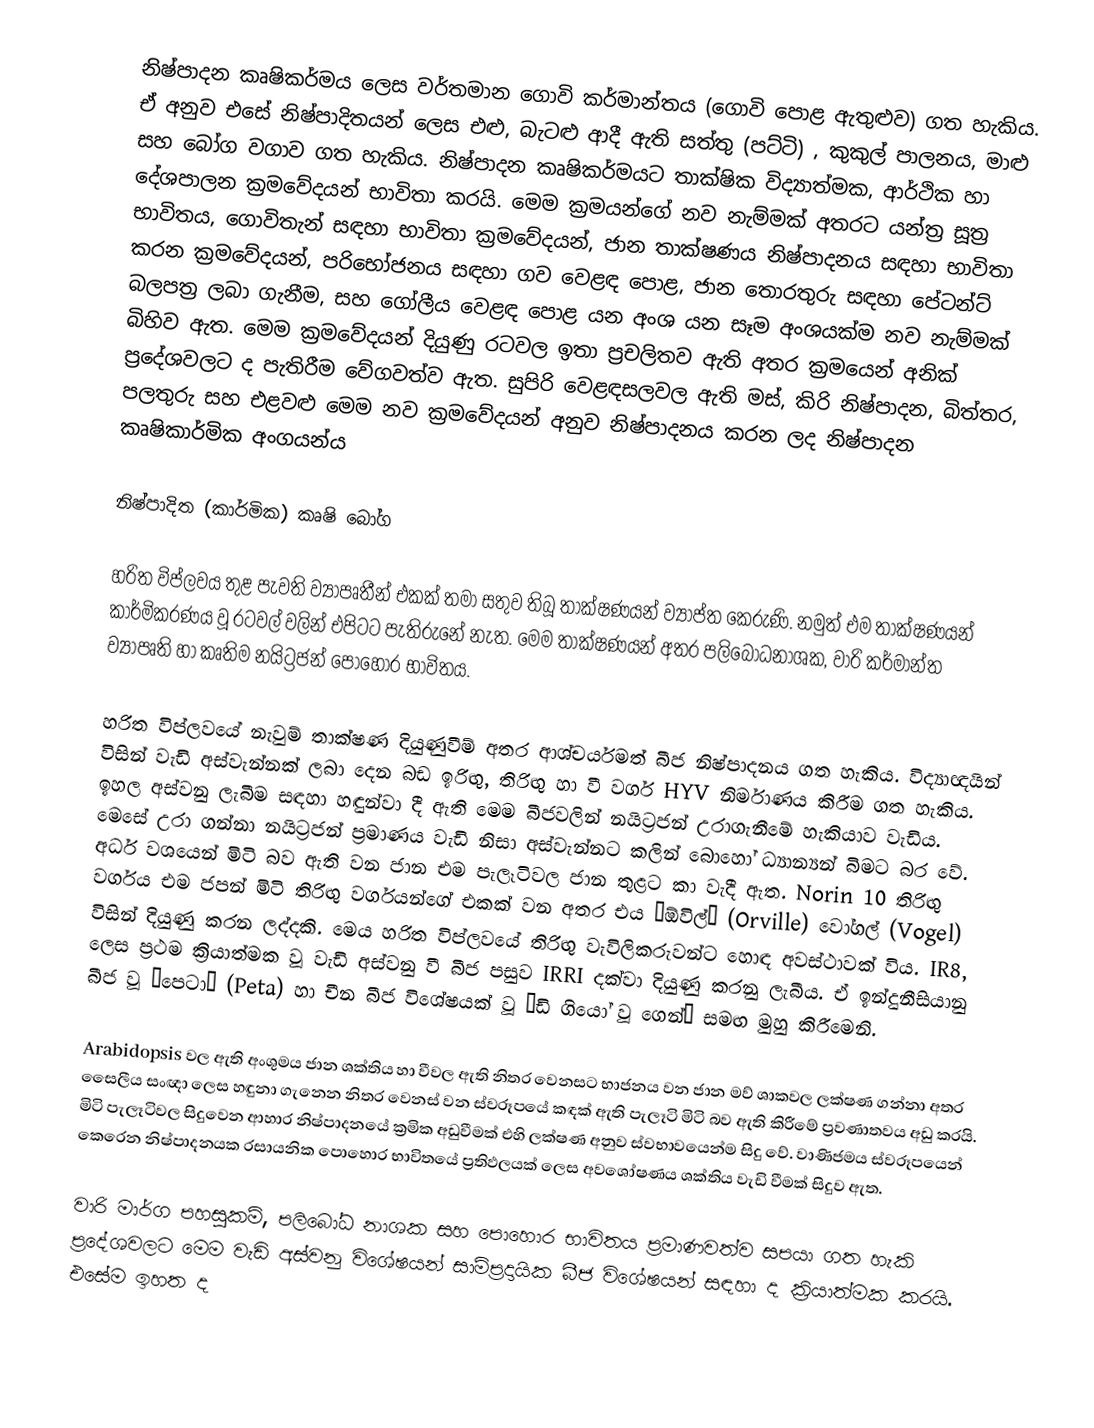
නිෂ්පාදන කෘෂිකර්මය ලෙස වර්තමාන ගොවි කර්මාන්තය (ගොවි පොළ ඇතුළුව) ගත හැකිය. ඒ අනුව එසේ නිෂ්පාදිතයන් ලෙස එළු, බැටළු ආදී ඇති සත්තු (පට්ටි) , කුකුල් පාලනය, මාළු සහ බෝග වගාව ගත හැකිය. නිෂ්පාදන කෘෂිකර්මයට තාක්ෂික විද්‍යාත්මක, ආර්ථික හා දේශපාලන ක්‍රමවේදයන් භාවිතා කරයි. මෙම ක්‍රමයන්ගේ නව නැම්මක් අතරට යන්ත්‍ර සූත්‍ර භාවිතය, ගොවිතැන් සඳහා භාවිතා ක්‍රමවේදයන්, ජාන තාක්ෂණය නිෂ්පාදනය සඳහා භාවිතා කරන ක්‍රමවේදයන්, පරිභෝජනය සඳහා ගව වෙළඳ පොළ, ජාන තොරතුරු සඳහා පේටන්ට් බලපත්‍ර ලබා ගැනීම, සහ ගෝලීය වෙළඳ පොළ යන අංශ යන සෑම අංශයක්ම නව නැම්මක් බිහිව ඇත. මෙම ක්‍රමවේදයන් දියුණු රටවල ඉතා ප්‍රචලිතව ඇති අතර ක්‍රමයෙන් අනික් ප්‍රදේශවලට ද පැතිරීම වේගවත්ව ඇත. සුපිරි වෙළඳසලවල ඇති මස්, කිරි නිෂ්පාදන, බිත්තර, පලතුරු ‍සහ එළවළු මෙම නව ක්‍රමවේදයන් අනුව නිෂ්පාදනය කරන ලද නිෂ්පාදන කෘෂිකාර්මික අංගයන්ය

නිෂ්පාදිත (කාර්මික) කෘෂි ‍බෝග

හරිත විප්ලවය තුළ පැවති ව්‍යාපෘතීන් එකක් තමා සතුව තිබූ තාක්ෂණයන් ව්‍යාප්ත කෙරුණි. නමුත් එම තාක්ෂණයන් කාර්මිකරණය වූ රටවල් වලින් එපිටට පැති‍රුනේ නැත. මෙම තාක්ෂණයන් අතර පලිබෝධනාශක, වාරි කර්මාන්ත ව්‍යාපෘති හා කෘතිම නයිට්‍රජන් පොහොර භාවිතය.

හරිත විප්ලවයේ නැවුම් තාක්ෂණ දියුණුවීම් අතර ආශ්චර්යමත් බීජ නිෂ්පාදනය ගත හැකිය. විද්‍යාඥයින් විසින් වැඩි අස්වැන්නක් ලබා දෙන බඩ ඉරිඟු, තිරිඟු හා වී වර්ග HYV නිර්මාණය කිරීම ගත හැකිය. ඉහල අස්වනු ලැබීම සඳහා හඳුන්වා දී ඇති මෙම බීජවලින් නයිට්‍රජන් උරාගැනීමේ හැකියාව වැඩිය. මෙසේ උරා ගන්නා නයිට්‍රජන් ප්‍රමාණය වැඩි නිසා අස්වැන්නට කලින් බොහෝ ධ්‍යාන්‍යන් බිමට බර වේ. අර්ධ වශයෙන් මිටි බව ඇති වන ජාන එම පැලෑටිවල ජාන තුළට කා වැදී ඇත. Norin 10 තිරිඟු වර්ගය එම ජපන් මිටි තිරිඟු වර්ගයන්ගේ එකක් වන අතර එය “ඕවිල්” (Orville) වෝගල් (Vogel) විසින් දියුණු කරන ලද්දකි. මෙය හරිත විප්ලවයේ තිරිඟු වැවිලිකරුවන්ට හොඳ අවස්ථාවක් විය. IR8, ලෙස ප්‍රථම ක්‍රියාත්මක වූ වැඩි අස්වනු වී බීජ පසුව IRRI දක්වා දියුණු කරනු ලැබීය. ඒ ඉන්දුනීසියානු බීජ වූ “පෙටා” (Peta) හා චීන බීජ විශේෂයක් වූ “ඩි ගියෝ වූ ගෙන්” සමඟ මුහු කිරීමෙනි.

Arabidopsis වල ඇති අංශුමය ජාන ශක්තිය හා වීවල ඇති නිතර වෙනසට ‍භාජනය වන ජාන මව් ශාකවල ලක්ෂණ ගන්නා අතර සෛලීය සංඥා ලෙස හඳුනා ගැනෙන නිතර වෙනස් වන ස්වරූපයේ කඳක් ඇති පැලෑටි මිටි බව ඇති කිරීමේ ප්‍රවණාතවය අඩු කරයි. මිටි පැලෑටිවල සිදුවෙන ආහාර නිෂ්පාදනයේ ක්‍රමික අඩුවීමක් එහි ලක්ෂණ අනුව ස්වභාවයෙන්ම සිදු වේ. වාණිජමය ස්වරූපයෙන් කෙරෙන නිෂ්පාදනයක රසායනික පොහොර භාවිතයේ ප්‍රතිඵලයක් ලෙස අවශෝෂණය ශක්තිය වැඩි වීමක් සිදුව ඇත.

වාරි මාර්ග පහසුකම්, පලිබෝධ නාශක සහ පොහොර භාවිතය ප්‍රමාණවත්ව සපයා ගත හැකි ප්‍රදේශවලට මෙම වැඩි අස්වනු විශේෂයන් සාම්ප්‍රදායික බීජ විශේෂයන් සඳහා ද ක්‍රියාත්මක කරයි. එසේම ඉහත ද